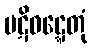
ပဋိဝဋ္ဋေတုံ